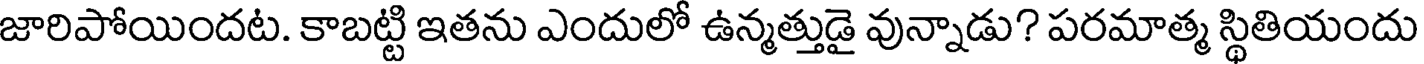
జారిపోయిందట. కాబట్టి ఇతను ఎందులో ఉన్మత్తుడై వున్నాడు? పరమాత్మ స్థితియందు